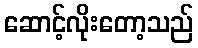
ဆောင့်လိုးတော့သည်